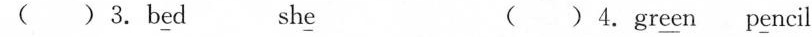
()3.b\underline{e}d sh\underline{e}() 4.gr\underline{ee}n p\underline{e}ncil